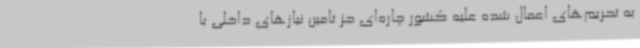
به تحریم‌های اعمال شده علیه کشور چاره‌ای جز تامین نیازهای داخلی با